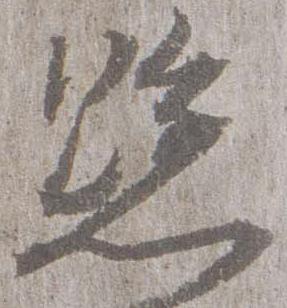
懸